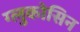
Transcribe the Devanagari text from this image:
ग्लुकोसिन